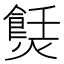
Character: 𤏼